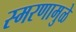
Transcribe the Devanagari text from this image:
स्‍मरणामुळे